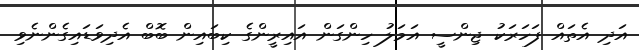
އަދި އެތައް ފަހަރަކު ޖިންސީ އަމަލު ހިންގަން އައިރީންގެ ކިބައިން ބޮބް އެދިވަޑައިގެންނެވި